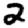
Digit: 2